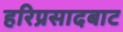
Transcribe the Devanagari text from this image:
हरिप्रसादबाट